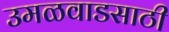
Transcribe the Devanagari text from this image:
उमळवाडसाठी